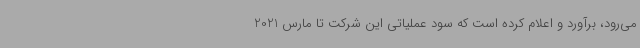
می‌رود، برآورد و اعلام کرده است که سود عملیاتی این شرکت تا مارس 2021